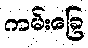
ကမ်းခြေ